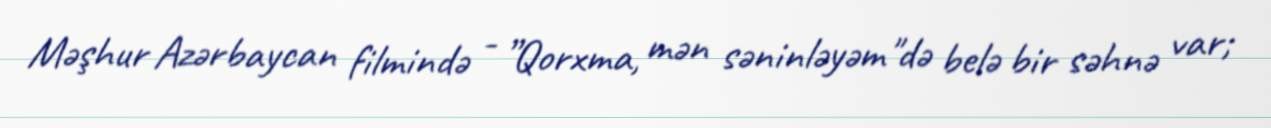
Məşhur Azərbaycan filmində - ”Qorxma, mən səninləyəm"də belə bir səhnə var;